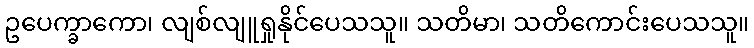
ဥပေက္ခာကော၊ လျစ်လျူရှုနိုင်ပေသသူ။ သတိမာ၊ သတိကောင်းပေသသူ။